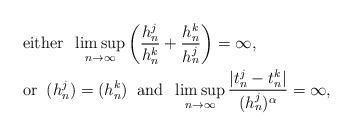
LaTeX: \begin{align*}\begin{aligned}&\mbox{either}\;\; \limsup_{n \rightarrow\infty}\left(\frac{h^j_n}{h^k_n} +\frac{h^k_n}{h^j_n}\right) = \infty,\\&\mbox{or}\;\; (h^j_n) = (h^k_n)\;\;\mbox{and}\;\;\limsup_{n\rightarrow \infty}\frac{|t^j_n - t^k_n|}{(h^j_n)^\alpha} = \infty,\end{aligned}\end{align*}